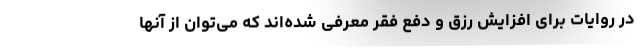
در روایات برای افزایش رزق و دفع فقر معرفی شده‌اند که می‌توان از آنها